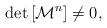
LaTeX: \begin{align*}\det\left[ \mathcal{M}^n\right]\neq 0,\end{align*}